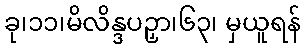
ခု၊၁၁၊မိလိန္ဒပဉှာ၊၆၃၊ မှယူရန်